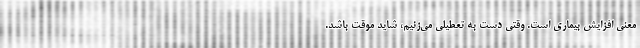
معنی افزایش بیماری است. وقتی دست به تعطیلی می‌زنیم، شاید موقت باشد.